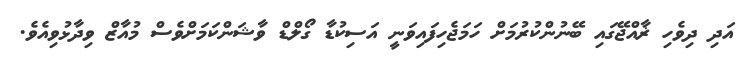
އަދި ދިވެހި ޜާއްޖޭގައި ބޭނުންކުރުމަށް ހަމަޖެހިފައިވަނީ އަސިކުޑާ ގޯލްޑް ވާޝަންކަމަށްވެސް މުއާޒް ވިދާޅުވިއެވެ.